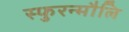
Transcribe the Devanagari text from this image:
स्फुरन्मौलि